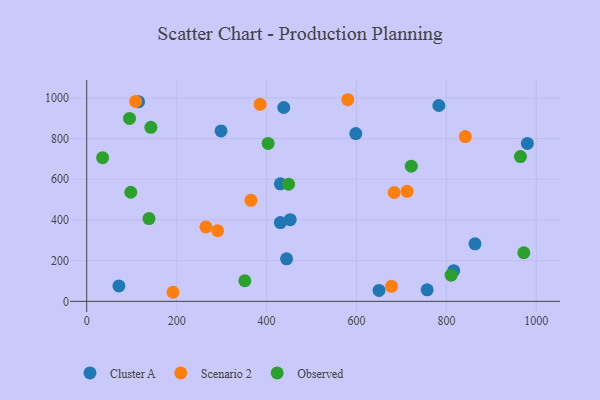
{"axis": {"x": "Investment", "y": "Demand"}, "legend": ["Cluster A", "Observed", "Scenario 2"], "data": [{"x": "598.5", "y": 824.4, "type": "Cluster A"}, {"x": "783.2", "y": 962.6, "type": "Cluster A"}, {"x": "430.7", "y": 387.2, "type": "Cluster A"}, {"x": "650.1", "y": 53.7, "type": "Cluster A"}, {"x": "863.6", "y": 282.8, "type": "Cluster A"}, {"x": "115.4", "y": 981.0, "type": "Cluster A"}, {"x": "444.5", "y": 209.0, "type": "Cluster A"}, {"x": "452.6", "y": 401.6, "type": "Cluster A"}, {"x": "298.8", "y": 837.5, "type": "Cluster A"}, {"x": "757.2", "y": 56.5, "type": "Cluster A"}, {"x": "980.1", "y": 776.0, "type": "Cluster A"}, {"x": "816.2", "y": 150.7, "type": "Cluster A"}, {"x": "430.8", "y": 577.8, "type": "Cluster A"}, {"x": "438.3", "y": 952.7, "type": "Cluster A"}, {"x": "71.6", "y": 76.0, "type": "Cluster A"}, {"x": "683.8", "y": 535.0, "type": "Scenario 2"}, {"x": "291.1", "y": 346.9, "type": "Scenario 2"}, {"x": "108.8", "y": 982.4, "type": "Scenario 2"}, {"x": "191.9", "y": 44.6, "type": "Scenario 2"}, {"x": "842.0", "y": 809.9, "type": "Scenario 2"}, {"x": "712.6", "y": 540.6, "type": "Scenario 2"}, {"x": "385.8", "y": 968.3, "type": "Scenario 2"}, {"x": "677.9", "y": 73.7, "type": "Scenario 2"}, {"x": "365.3", "y": 496.5, "type": "Scenario 2"}, {"x": "265.1", "y": 365.8, "type": "Scenario 2"}, {"x": "580.7", "y": 990.9, "type": "Scenario 2"}, {"x": "810.5", "y": 128.7, "type": "Observed"}, {"x": "972.2", "y": 238.9, "type": "Observed"}, {"x": "721.9", "y": 664.1, "type": "Observed"}, {"x": "138.5", "y": 406.8, "type": "Observed"}, {"x": "98.0", "y": 536.1, "type": "Observed"}, {"x": "351.6", "y": 101.2, "type": "Observed"}, {"x": "35.4", "y": 706.0, "type": "Observed"}, {"x": "403.5", "y": 775.9, "type": "Observed"}, {"x": "449.0", "y": 576.0, "type": "Observed"}, {"x": "142.7", "y": 855.4, "type": "Observed"}, {"x": "964.7", "y": 711.4, "type": "Observed"}, {"x": "95.2", "y": 899.1, "type": "Observed"}]}